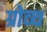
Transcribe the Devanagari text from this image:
ग्रोव्थ